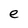
Character: e